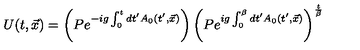
U ( t , \vec { x } ) = \left( P e ^ { - i g \int _ { 0 } ^ { t } d t ^ { \prime } A _ { 0 } ( t ^ { \prime } , \vec { x } ) } \right) \left( P e ^ { i g \int _ { 0 } ^ { \beta } d t ^ { \prime } A _ { 0 } ( t ^ { \prime } , \vec { x } ) } \right) ^ { { \frac { t } { \beta } } }